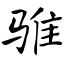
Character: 骓